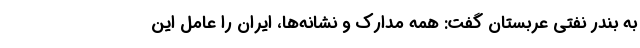
به بندر نفتی عربستان گفت: همه مدارک و نشانه‌ها، ایران را عامل این